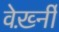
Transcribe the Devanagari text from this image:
वेर्ख़्नी